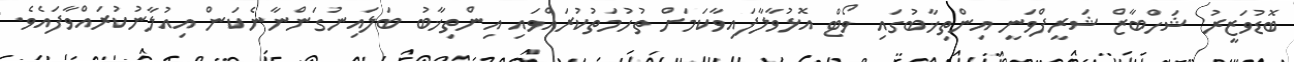
ބޮޑުވަޒީރު ޝަހްބާޒް ޝަރީފްވަނީ އިންތިޚާބުގައި ވޯޓް އޮޅުވާލާފައިވާކަމަށް ތުހުމަތުކުރައްވައި އިންތިޚާބު ބަލައިނުގަންނާނެކަން އިއުލާނުކުރައްވާފައެވެ.